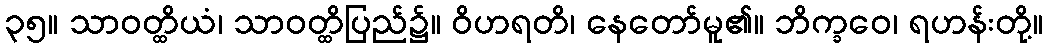
၃၅။ သာဝတ္ထိယံ၊ သာဝတ္ထိပြည်၌။ ဝိဟရတိ၊ နေတော်မူ၏။ ဘိက္ခဝေ၊ ရဟန်းတို့။